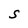
Character: S